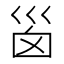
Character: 𡿺